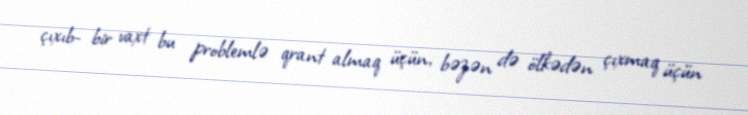
çıxıb- bir vaxt bu problemlə qrant almaq üçün, bəzən də ölkədən çıxmaq üçün